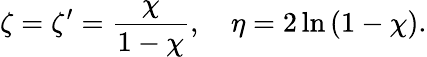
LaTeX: \zeta=\zeta^{\prime}=\frac{\chi}{1-\chi},\quad\eta=2\ln\left(1-\chi\right).